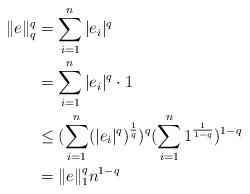
LaTeX: \begin{align*}\begin{aligned}\|e\|_q^q&=\sum_{i=1}^n|e_i|^q\\&= \sum_{i=1}^n|e_i|^q\cdot 1\\&\leq(\sum_{i=1}^n(|e_i|^q)^{\frac{1}{q}})^{q}(\sum_{i=1}^n1^{\frac{1}{1-q}})^{1-q}\\&=\|e\|_1^qn^{1-q}\end{aligned}\end{align*}